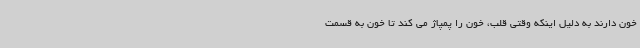
خون دارند به دلیل اینکه وقتی قلب، خون را پمپاژ می کند تا خون به قسمت